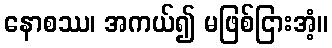
နောစဿ၊ အကယ်၍ မဖြစ်ငြားအံ့။